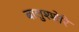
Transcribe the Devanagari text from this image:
बालुश्शेरि